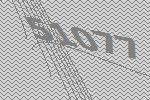
51077